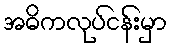
အဓိကလုပ်ငန်းမှာ